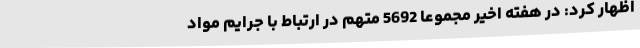
اظهار کرد: در هفته اخیر مجموعاً 5692 متهم در ارتباط با جرایم مواد